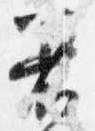
着